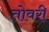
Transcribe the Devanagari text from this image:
तोवरी